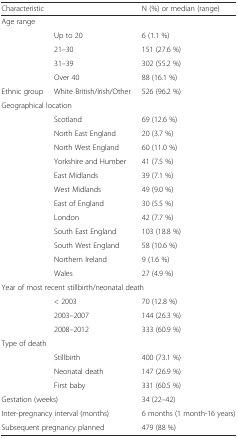
| <COLSPAN=2> Characteristic | N (%) or median (range) |
 | --- | --- | --- |
 | <COLSPAN=3> Age range |
 |  | Up to 20 | 6 (1.1 %) |
 |  | 21–30 | 151 (27.6 %) |
 |  | 31–39 | 302 (55.2 %) |
 |  | Over 40 | 88 (16.1 %) |
 | Ethnic group | White British/Irish/Other | 526 (96.2 %) |
 | <COLSPAN=3> Geographical location |
 |  | Scotland | 69 (12.6 %) |
 |  | North East England | 20 (3.7 %) |
 |  | North West England | 60 (11.0 %) |
 |  | Yorkshire and Humber | 41 (7.5 %) |
 |  | East Midlands | 39 (7.1 %) |
 |  | West Midlands | 49 (9.0 %) |
 |  | East of England | 30 (5.5 %) |
 |  | London | 42 (7.7 %) |
 |  | South East England | 103 (18.8 %) |
 |  | South West England | 58 (10.6 %) |
 |  | Northern Ireland | 9 (1.6 %) |
 |  | Wales | 27 (4.9 %) |
 | <COLSPAN=3> Year of most recent stillbirth/neonatal death |
 |  | < 2003 | 70 (12.8 %) |
 |  | 2003–2007 | 144 (26.3 %) |
 |  | 2008–2012 | 333 (60.9 %) |
 | <COLSPAN=3> Type of death |
 |  | Stillbirth | 400 (73.1 %) |
 |  | Neonatal death | 147 (26.9 %) |
 |  | First baby | 331 (60.5 %) |
 | <COLSPAN=2> Gestation (weeks) | 34 (22–42) |
 | <COLSPAN=2> Inter-pregnancy interval (months) | 6 months (1 month-16 years) |
 | <COLSPAN=2> Subsequent pregnancy planned | 479 (88 %) |